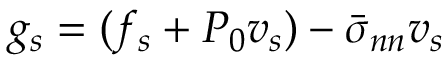
g _ { s } = ( f _ { s } + P _ { 0 } v _ { s } ) - \bar { \sigma } _ { n n } v _ { s }